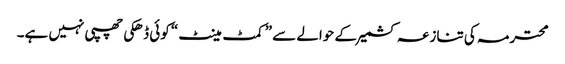
محترمہ کی تنازعہ کشمیر کے حوالے سے ”کمٹ مینٹ“ کوئی ڈھکی چھپی نہیں ہے۔